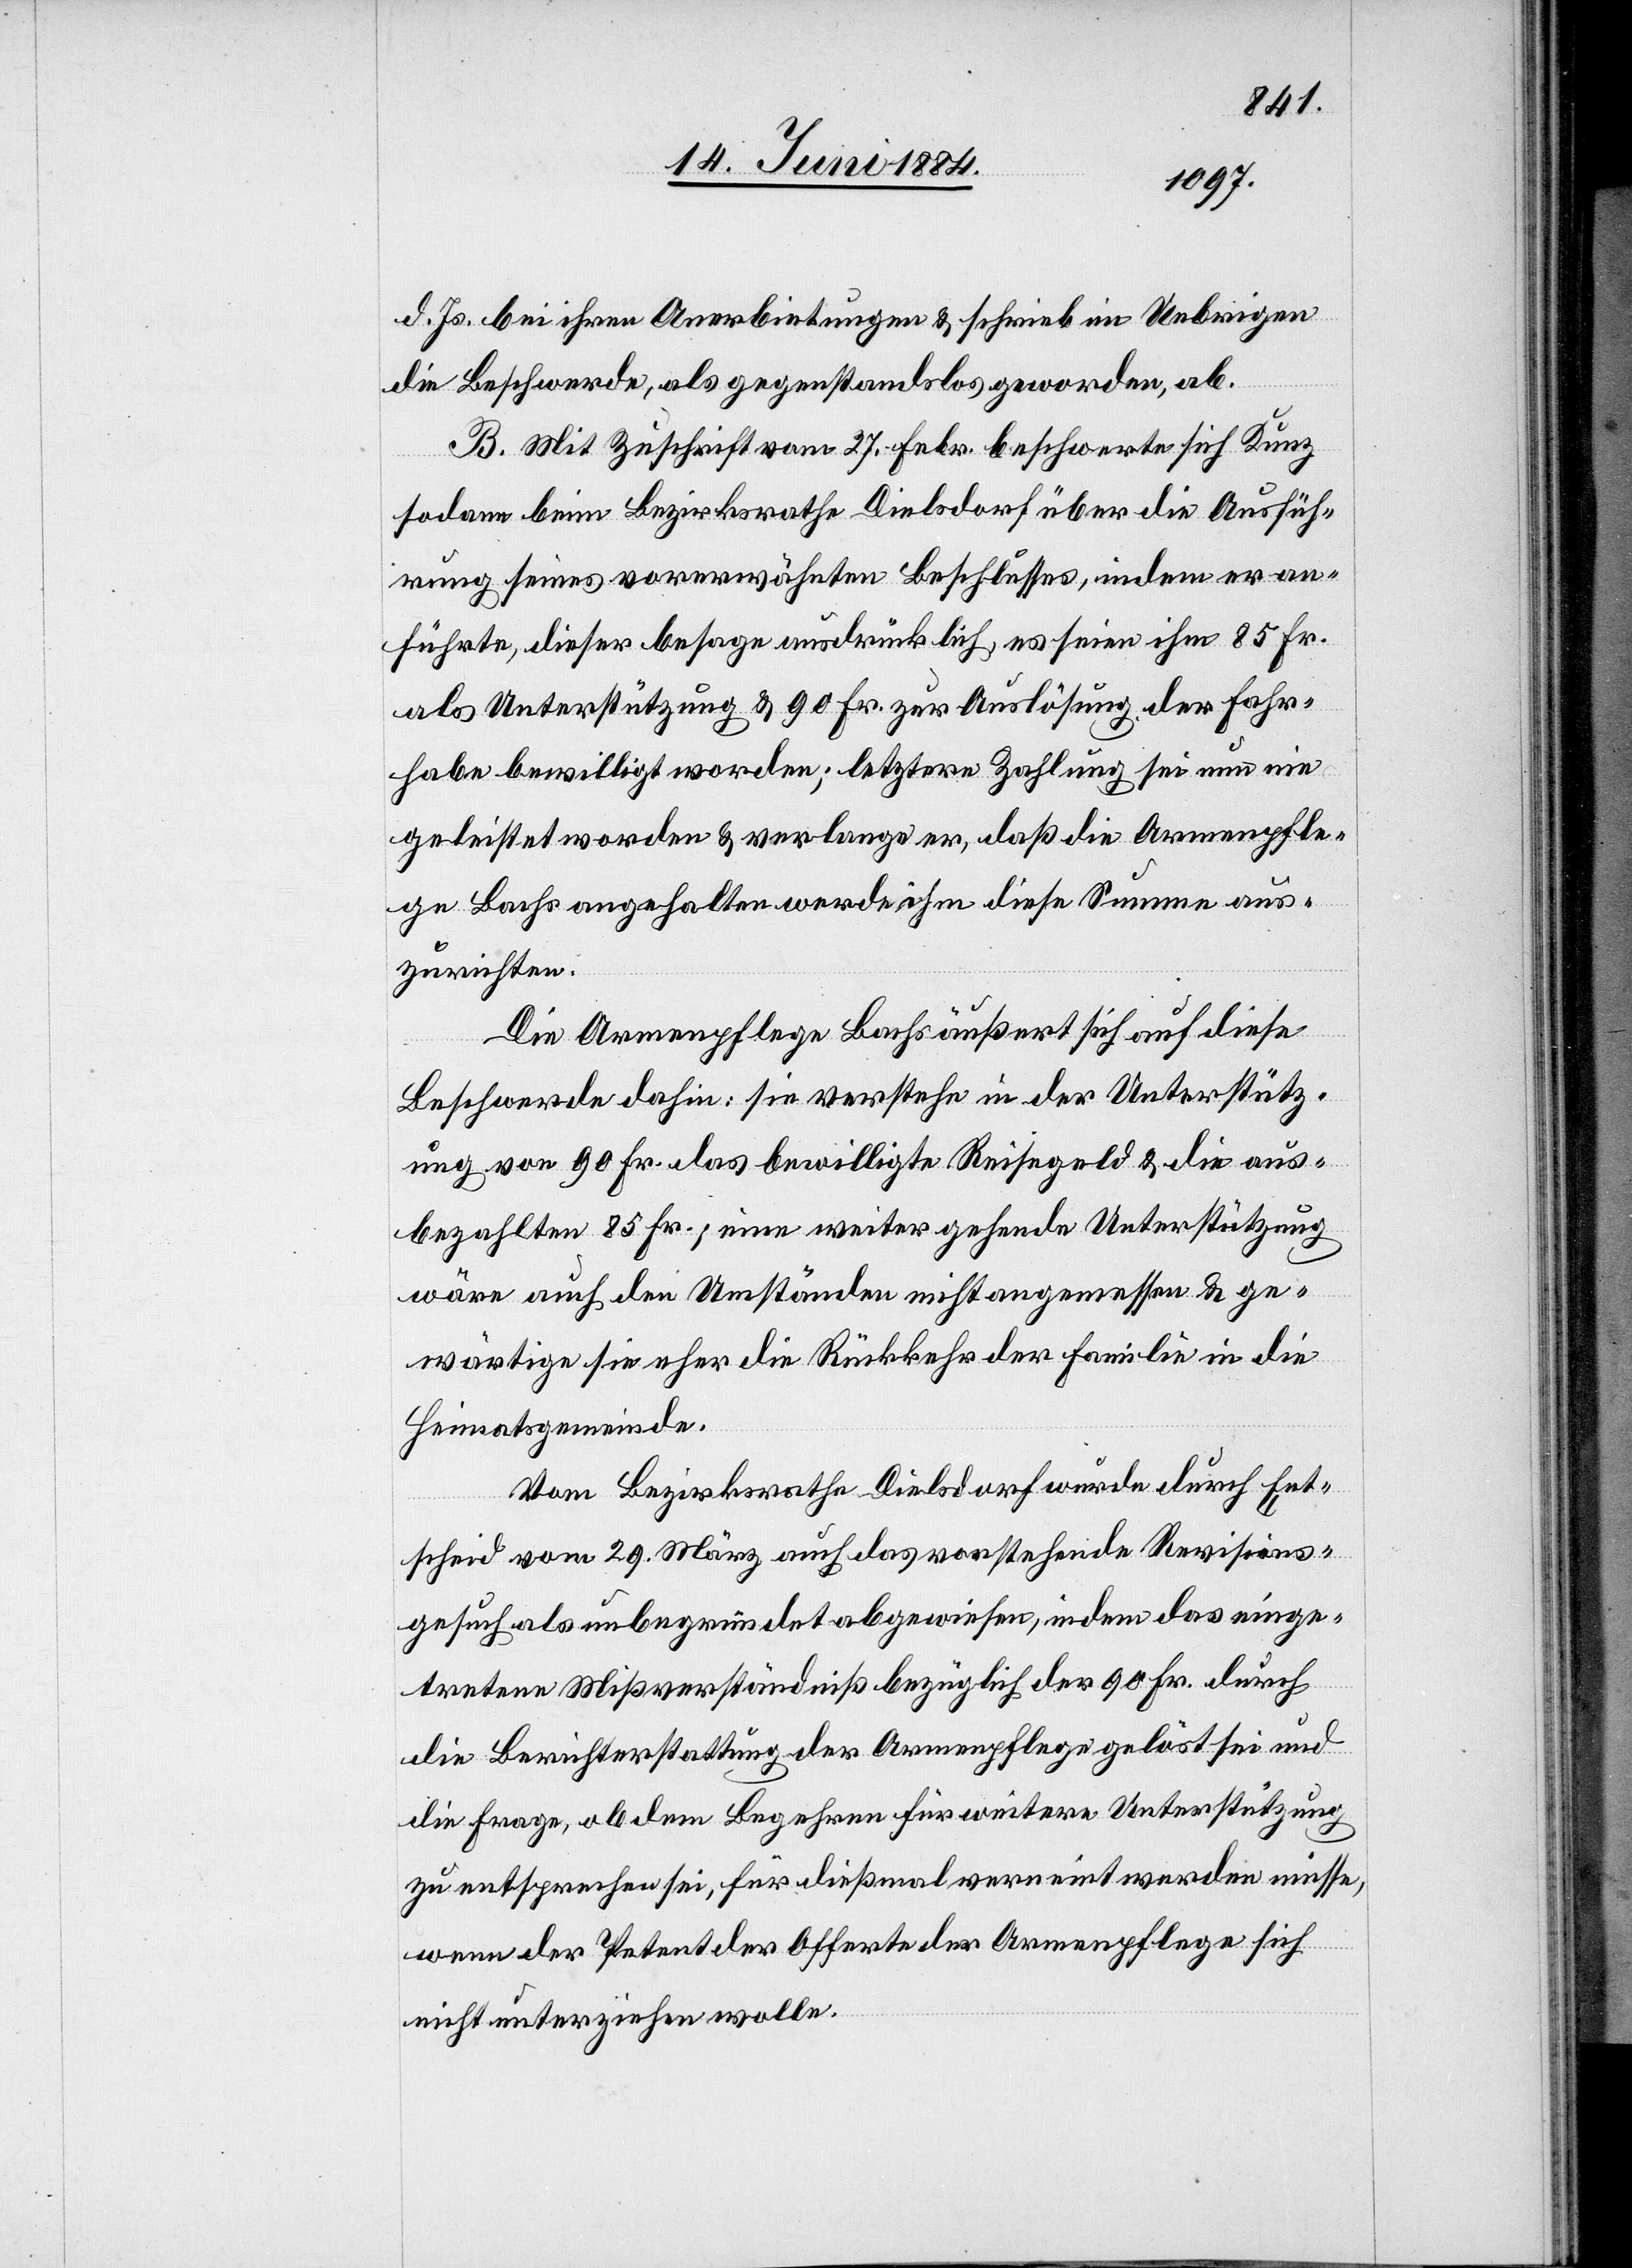
d. Js. bei ihren Anerbietungen & schrieb im Uebrigen
die Beschwerde, als gegenstandslos geworden, ab.
B. Mit Zuschrift vom 27. Febr. beschwerte sich Kunz
sodann beim Bezirksrathe Dielsdorf über die Ausfüh¬
rung seines vorerwähnten Beschlusses, indem er an¬
führte, dieser besage ausdrücklich, es seien ihm 85 Fr.
als Unterstützung & 90 Fr. zur Auslösung der Fahr¬
habe bewilligt worden; letztere Zahlung sei nun nie
geleistet worden & verlange er, daß die Armenpfle¬
ge Bachs angehalten werde ihm diese Summe aus¬
zurichten.
Die Armenpflege Bachs äußert sich auf diese
Beschwerde dahin: sie verstehe in der Unterstütz¬
ung von 90 Fr. das bewilligte Reisegeld & die aus¬
bezahlten 85 Fr.; eine weitergehende Unterstützung
wäre auch den Umständen nicht angemessen & ge¬
wärtige sie eher die Rückkehr der Familie in die
Heimatsgemeinde.
Vom Bezirksrathe Dielsdorf wurde durch Ent¬
scheid vom 29. März auch das vorstehende Revisions¬
gesuch als unbegründet abgewiesen, in dem das einge¬
tretene Mißverständnis bezüglich der 90 Fr. durch
die Berichterstattung der Armenpflege gelöst sei und
die Frage, ob dem Begehren für weitere Unterstützung
zu entsprechen sei, für dießmal verneint werden müsse,
wenn der Petent der Offerte der Armenpflege sich
nicht unterziehen wolle.